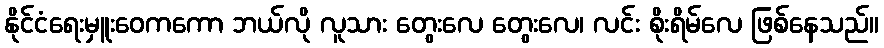
နိုင်ငံရေးမှူးဝေကကော ဘယ်လို လူသား တွေးလေ တွေးလေ၊ လင်း စိုးရိမ်လေ ဖြစ်နေသည်။